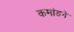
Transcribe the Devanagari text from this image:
कमांडने